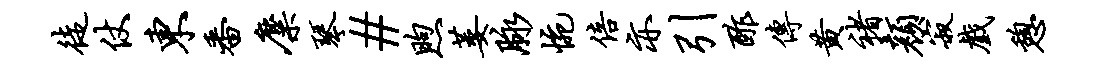
徒仗东番麋琴#煦萎脉惋倍亦引酢传黄褚颜寂戏憩